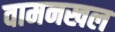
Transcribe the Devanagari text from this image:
वामनखल